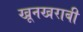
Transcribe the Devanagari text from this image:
खूनखराबी